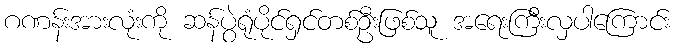
ဂဏန်းအားလုံးကို ဆန်ပွဲရုံပိုင်ရှင်တစ်ဦးဖြစ်သူ အရေးကြီးလှပါကြောင်း